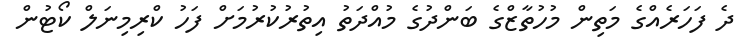
ދެ ފަހަރެއްގެ މަތިން މުހުތާޒްގެ ބަންދުގެ މުއްދަތު އިތުރުކުރުމަށް ފަހު ކްރިމިނަލް ކޯޓުން